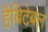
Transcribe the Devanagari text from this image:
हैबिटेबल